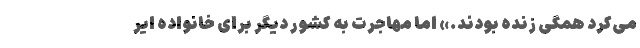
می‌کرد همگی زنده بودند.» اما مهاجرت به کشور دیگر برای خانواده ایر